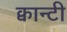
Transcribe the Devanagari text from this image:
क्वान्टी